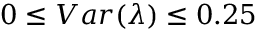
0 \le V a r ( \lambda ) \le 0 . 2 5